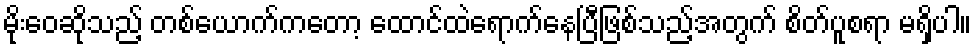
မိုးဝေဆိုသည့် တစ်ယောက်ကတော့ ထောင်ထဲရောက်နေပြီဖြစ်သည့်အတွက် စိတ်ပူစရာ မရှိပါ။